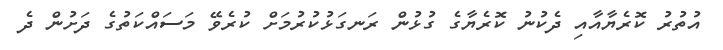
އުތުރު ކޮރެޔާއާއި ދެކުނު ކޮރެޔާގެ ގުޅުން ރަނގަޅުކުރުމަށް ކުރެވޭ މަސައްކަތުގެ ދަށުން ދެ